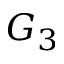
G _ { 3 }